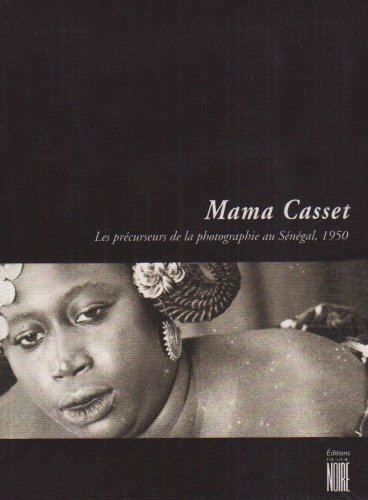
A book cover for Mama Casset Et Les Precurseurs de La Photographie Au Senegal, 1950: Meissa Gaye, Mix Gueye, Adama Sylla, Alioune Diouf, Doro Sy, Doudou Diop, Salla Ca (Collection Soleil) (French Edition); Mama Casset; Travel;